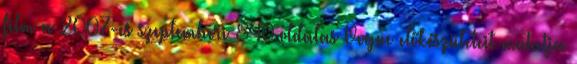
film a 2007-es szeptemberi 840 oldalas Vogue előkészületeit mutatja